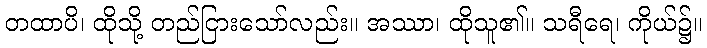
တထာပိ၊ ထိုသို့ တည်ငြားသော်လည်း။ အဿာ၊ ထိုသူ၏။ သရီရေ၊ ကိုယ်၌။